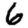
Digit: 6